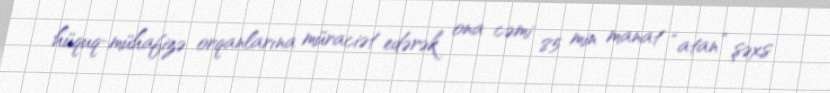
hüquq-mühafizə orqanlarına müraciət edərək ona cəmi 85 min manat “atan” şəxs